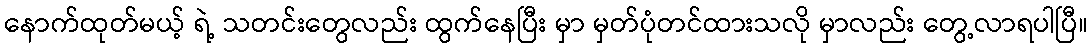
နောက်ထုတ်မယ့် ရဲ့ သတင်းတွေလည်း ထွက်နေပြီး မှာ မှတ်ပုံတင်ထားသလို မှာလည်း တွေ့လာရပါပြီ။